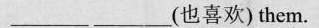
_________ _________(也喜欢)them.